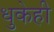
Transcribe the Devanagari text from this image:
धुकेही